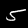
Label: 5